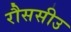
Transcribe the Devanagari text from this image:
रौससीउ